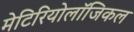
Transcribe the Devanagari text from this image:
मेटिरियोलॉजिकल